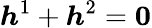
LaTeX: \boldsymbol{h}^{1}+\boldsymbol{h}^{2}=\boldsymbol{0}